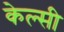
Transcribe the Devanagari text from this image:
केल्सी